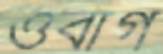
ওবার্গ